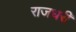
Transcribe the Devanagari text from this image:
राजधरी